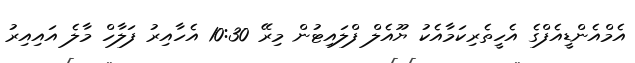
އެމްއެންޑީއެފްގެ އެހީތެރިކަމާއެކު ޔޫއެލް ފްލައިޓުން މިރޭ 10:30 އެހާއިރު ފަލާހް މާލެ އައިއިރު